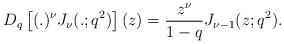
LaTeX: \begin{align*}D_q\left[(.)^{\nu}J_\nu(.;q^2)\right](z)=\frac{z^{\nu}}{1-q} J_{\nu-1}(z;q^2).\end{align*}